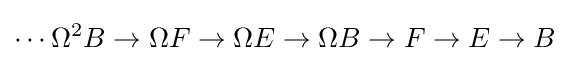
\cdots \Omega ^{2}B\to \Omega F\to \Omega E\to \Omega B\to F\to E\to B